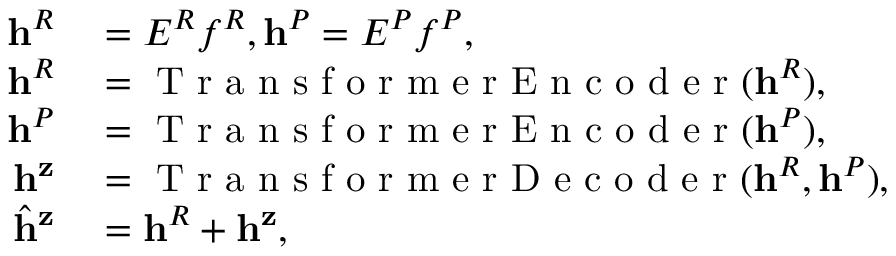
\begin{array} { r l } { \mathbf { h } ^ { R } } & { { } = E ^ { R } f ^ { R } , \mathbf { h } ^ { P } = E ^ { P } f ^ { P } , } \\ { \mathbf { h } ^ { R } } & { { } = \mathrm { ~ T ~ r ~ a ~ n ~ s ~ f ~ o ~ r ~ m ~ e ~ r ~ E ~ n ~ c ~ o ~ d ~ e ~ r ~ } ( \mathbf { h } ^ { R } ) , } \\ { \mathbf { h } ^ { P } } & { { } = \mathrm { ~ T ~ r ~ a ~ n ~ s ~ f ~ o ~ r ~ m ~ e ~ r ~ E ~ n ~ c ~ o ~ d ~ e ~ r ~ } ( \mathbf { h } ^ { P } ) , } \\ { \mathbf { h } ^ { \mathbf { z } } } & { { } = \mathrm { ~ T ~ r ~ a ~ n ~ s ~ f ~ o ~ r ~ m ~ e ~ r ~ D ~ e ~ c ~ o ~ d ~ e ~ r ~ } ( \mathbf { h } ^ { R } , \mathbf { h } ^ { P } ) , } \\ { \hat { \mathbf { h } } ^ { \mathbf { z } } } & { { } = \mathbf { h } ^ { R } + \mathbf { h } ^ { \mathbf { z } } , } \end{array}